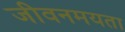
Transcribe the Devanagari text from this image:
जीवनमयता